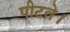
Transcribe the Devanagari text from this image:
पीटते।